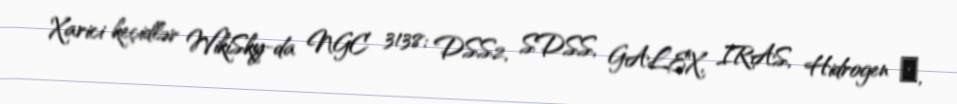
Xarici keçidlər WikiSky-da NGC 3138: DSS2, SDSS, GALEX, IRAS, Hidrogen α,